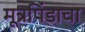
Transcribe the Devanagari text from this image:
मूत्रपिंडाचा